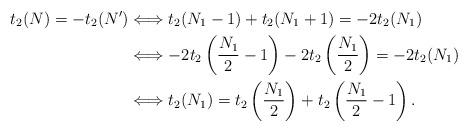
LaTeX: \begin{align*}t_{2}(N)=-t_{2}(N')&\Longleftrightarrow t_{2}(N_{1}-1)+t_{2}(N_{1}+1)=-2t_{2}(N_{1})\\ &\Longleftrightarrow -2t_{2}\left(\frac{N_{1}}{2}-1\right)-2t_{2}\left(\frac{N_{1}}{2}\right)=-2t_{2}(N_{1})\\ &\Longleftrightarrow t_{2}(N_{1})=t_{2}\left(\frac{N_{1}}{2}\right)+t_{2}\left(\frac{N_{1}}{2}-1\right).\end{align*}